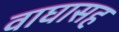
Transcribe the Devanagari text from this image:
वाघासह